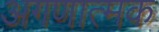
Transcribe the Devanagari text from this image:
अगणात्मक